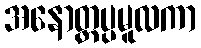
အနောတ္တပ္ပမူလကာ